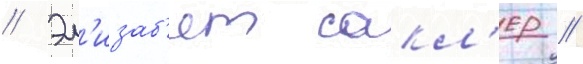
// Эл'изаб'ет сакл'ер /